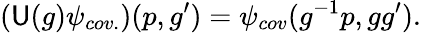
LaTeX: (\mathsf{U}(g)\psi_{cov.})(p,g^{\prime})=\psi_{cov}(g^{-1}p,gg^{\prime}).